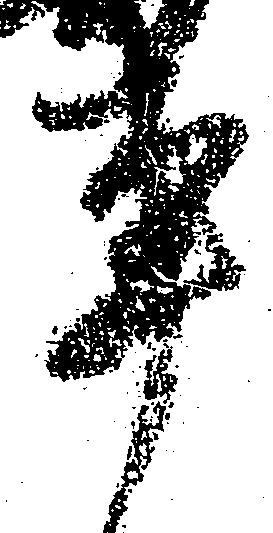
事